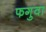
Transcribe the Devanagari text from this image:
फगुवा